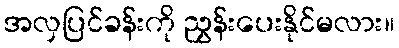
အလှပြင်ခန်းကို ညွှန်းပေးနိုင်မလား။